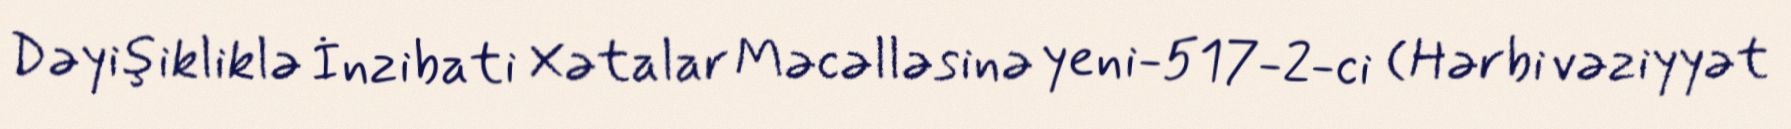
Dəyişikliklə İnzibati Xətalar Məcəlləsinə yeni-517-2-ci (Hərbi vəziyyət